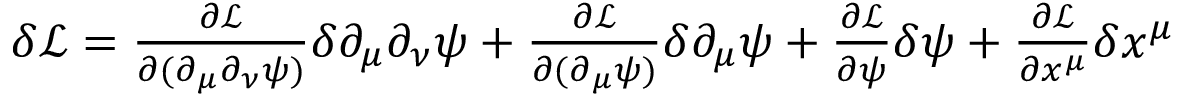
\begin{array} { r } { \delta \mathcal { L } = \frac { \partial \mathcal L } { \partial ( \partial _ { \mu } \partial _ { \nu } \psi ) } \delta \partial _ { \mu } \partial _ { \nu } \psi + \frac { \partial \mathcal L } { \partial ( \partial _ { \mu } \psi ) } \delta \partial _ { \mu } \psi + \frac { \partial \mathcal L } { \partial \psi } \delta \psi + \frac { \partial \mathcal L } { \partial x ^ { \mu } } \delta x ^ { \mu } } \end{array}